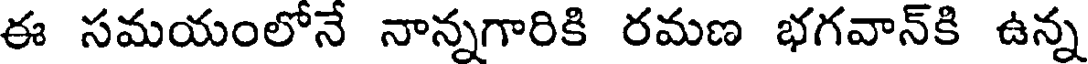
ఈ సమయంలోనే నాన్నగారికి రమణ భగవాన్కి ఉన్న